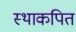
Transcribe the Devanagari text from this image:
स्थाकपित